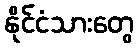
နိုင်ငံသားတွေ